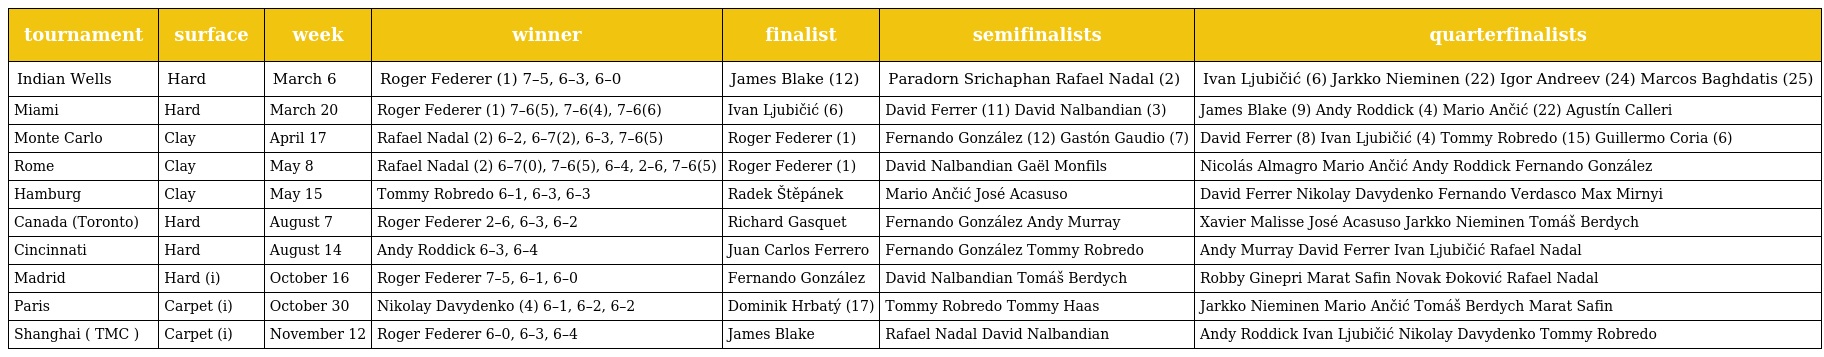
| tournament | surface | week | winner | finalist | semifinalists | quarterfinalists |
 | --- | --- | --- | --- | --- | --- | --- |
 | Indian Wells | Hard | March 6 | Roger Federer (1) 7–5, 6–3, 6–0 | James Blake (12) | Paradorn Srichaphan Rafael Nadal (2) | Ivan Ljubičić (6) Jarkko Nieminen (22) Igor Andreev (24) Marcos Baghdatis (25) |
 | Miami | Hard | March 20 | Roger Federer (1) 7–6(5), 7–6(4), 7–6(6) | Ivan Ljubičić (6) | David Ferrer (11) David Nalbandian (3) | James Blake (9) Andy Roddick (4) Mario Ančić (22) Agustín Calleri |
 | Monte Carlo | Clay | April 17 | Rafael Nadal (2) 6–2, 6–7(2), 6–3, 7–6(5) | Roger Federer (1) | Fernando González (12) Gastón Gaudio (7) | David Ferrer (8) Ivan Ljubičić (4) Tommy Robredo (15) Guillermo Coria (6) |
 | Rome | Clay | May 8 | Rafael Nadal (2) 6–7(0), 7–6(5), 6–4, 2–6, 7–6(5) | Roger Federer (1) | David Nalbandian Gaël Monfils | Nicolás Almagro Mario Ančić Andy Roddick Fernando González |
 | Hamburg | Clay | May 15 | Tommy Robredo 6–1, 6–3, 6–3 | Radek Štěpánek | Mario Ančić José Acasuso | David Ferrer Nikolay Davydenko Fernando Verdasco Max Mirnyi |
 | Canada (Toronto) | Hard | August 7 | Roger Federer 2–6, 6–3, 6–2 | Richard Gasquet | Fernando González Andy Murray | Xavier Malisse José Acasuso Jarkko Nieminen Tomáš Berdych |
 | Cincinnati | Hard | August 14 | Andy Roddick 6–3, 6–4 | Juan Carlos Ferrero | Fernando González Tommy Robredo | Andy Murray David Ferrer Ivan Ljubičić Rafael Nadal |
 | Madrid | Hard (i) | October 16 | Roger Federer 7–5, 6–1, 6–0 | Fernando González | David Nalbandian Tomáš Berdych | Robby Ginepri Marat Safin Novak Đoković Rafael Nadal |
 | Paris | Carpet (i) | October 30 | Nikolay Davydenko (4) 6–1, 6–2, 6–2 | Dominik Hrbatý (17) | Tommy Robredo Tommy Haas | Jarkko Nieminen Mario Ančić Tomáš Berdych Marat Safin |
 | Shanghai ( TMC ) | Carpet (i) | November 12 | Roger Federer 6–0, 6–3, 6–4 | James Blake | Rafael Nadal David Nalbandian | Andy Roddick Ivan Ljubičić Nikolay Davydenko Tommy Robredo |